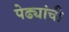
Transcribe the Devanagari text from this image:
पेढ्यांची